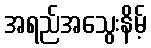
အရည်အသွေးနိမ့်